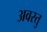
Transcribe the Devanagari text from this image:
अवस्तु